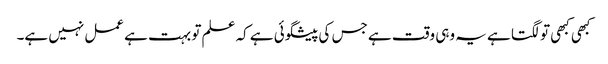
کبھی کبھی تو لگتا ہے یہ وہی وقت ہے جس کی پیشگوئی ہے کہ علم تو بہت ہے عمل نہیں ہے۔